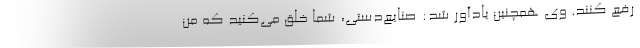
رفع کنند. وی همچنین یادآور شد: صنایع‌دستی، شما خلق می‌کنید که من